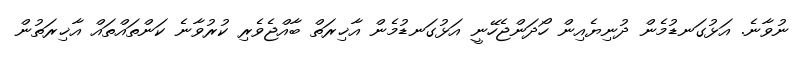
ނުވާނެ. އަޅުގަނޑުމެން ދުނިޔެއިން ހޯދަންޖެހޭނީ އަޅުގަނޑުމެން އާޚިރަތް ބާއްޖެވެރި ކުރުވާނެ ކަންތައްތައް އާޚިރަތުން